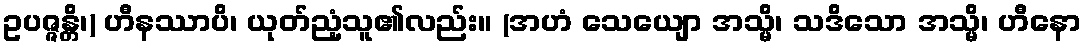
ဥပဇ္ဇန္တိ၊) ဟီနဿာပိ၊ ယုတ်ညံ့သူ၏လည်း။ (အဟံ သေယျော အသ္မိ၊ သဒိသော အသ္မိ၊ ဟီနော